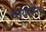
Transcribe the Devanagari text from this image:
बायोसेल